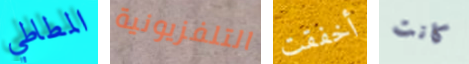
المطاطي التلفزيونية أخفقت كانت